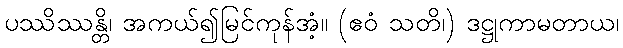
ပဿိဿန္တိ၊ အကယ်၍မြင်ကုန်အံ့။ (ဧဝံ သတိ၊) ဒဋ္ဌုကာမတာယ၊